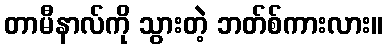
တာမီနာလ်ကို သွားတဲ့ ဘတ်စ်ကားလား။